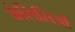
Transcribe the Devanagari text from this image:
फ्रंसिसिओं